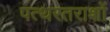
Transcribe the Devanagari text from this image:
पत्थरतराशों